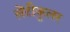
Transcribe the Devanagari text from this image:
लेंटीकुलर